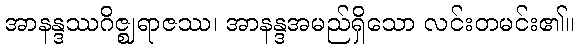
အာနန္ဒဿဂိဇ္ဈရာဇဿ၊ အာနန္ဒအမည်ရှိသော လင်းတမင်း၏။